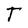
Character: T